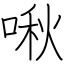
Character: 啾